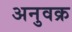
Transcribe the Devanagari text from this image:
अनुवक्र